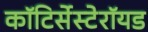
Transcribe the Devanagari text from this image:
कॉटिर्सेस्टेरॉयड